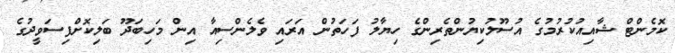
ކޮމެންޓް ޝާއިއުކުރުމުގެ އުސޫލުކިޔުންތެރިންގެ ހިޔާލު ފަހަތުން އަރައި ވެލެންސިއާ އިން މަހިބަދޫ ބަލިކޮށްފިސަވީދުގެ